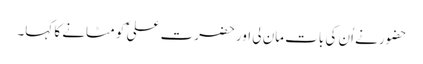
حضور نے اُن کی بات مان لی اور حضرت علی ؑ کو مٹانے کا کہا۔